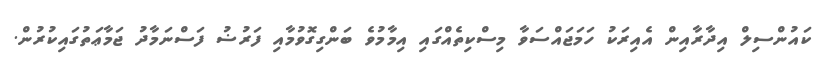
ކައުންސިލް އިދާރާއިން އެއިރަކު ހަމަޖައްސަވާ މިސްކިތެއްގައި އިމާމުވެ ބަންގިގޮވުމާއި ފަރުޟު ފަސްނަމާދު ޖަމާޢަތުގައިކުރުން.